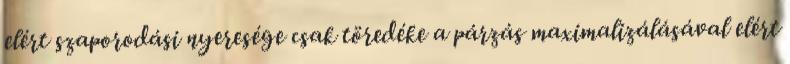
elért szaporodási nyeresége csak töredéke a párzás maximalizálásával elért